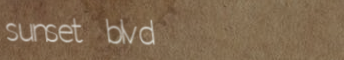
sunset blvd